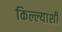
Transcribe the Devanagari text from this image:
किल्ल्याशी